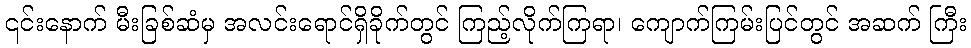
၎င်းနောက် မီးခြစ်ဆံမှ အလင်းရောင်ရှိခိုက်တွင် ကြည့်လိုက်ကြရာ၊ ကျောက်ကြမ်းပြင်တွင် အဆက် ကြီး